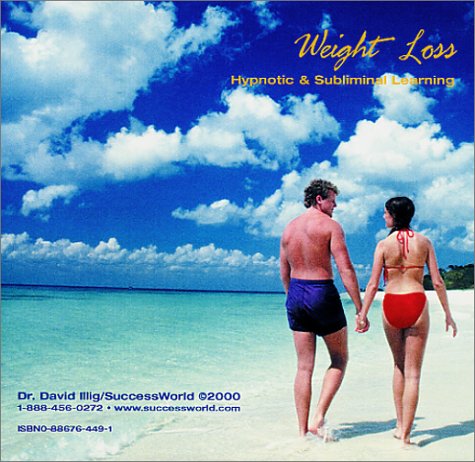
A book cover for Weight Loss; David Illig; Health, Fitness & Dieting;